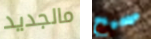
مالجديد صحيح